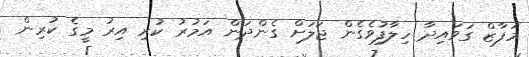
މަފާޒް ގަވައިދާ ހިލާފުވެގެން ޖަލަށް ގެންދަން އަމުރު ކުރި އިރު މީގެ ކުރިން